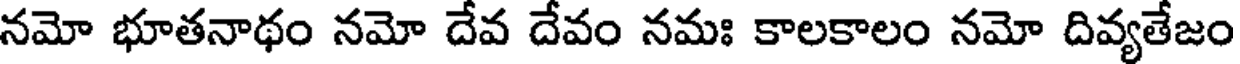
నమో భూతనాథం నమో దేవ దేవం నమః కాలకాలం నమో దివ్యతేజం